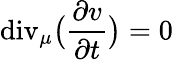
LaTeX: \mathrm{div}_{\mu}\big(\frac{\partial v}{\partial t}\big)=0